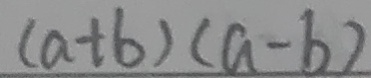
( a + b ) ( a - b )